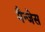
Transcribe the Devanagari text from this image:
मैन्जेस